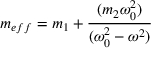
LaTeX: m _ { e f f } = m _ { 1 } + { \frac { ( m _ { 2 } \omega _ { 0 } ^ { 2 } ) } { ( \omega _ { 0 } ^ { 2 } - \omega ^ { 2 } ) } }